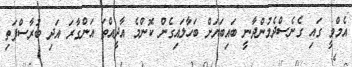
އެމްވީ ގައި ގެނެސްދެމުންދާނީ ބައިބަޔަށް ބަހާލައިގެން ކޮންމެ އާދީއްތަ އަންގާރަ އަދި ބުރާސްފަތި